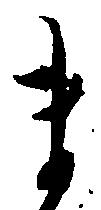
ま